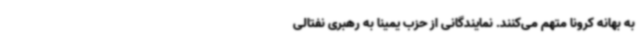
به بهانه کرونا متهم می‌کنند. نمایندگانی از حزب یمینا به رهبری نفتالی